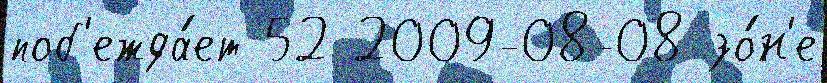
поб'ежда́ет 52 2009-08-08 зо́н'е